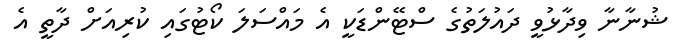
ޝުނާނާ ވިދާޅުވީ ދައުލަތުގެ ސްޓޭންޑަކީ އެ މައްސަލަ ކޯޓުގައި ކުރިއަށް ދާތީ އެ